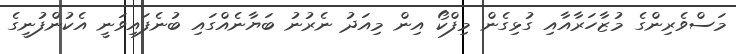
މަސްވެރިންގެ މުޒާހަރާއާއި ގުޅިގެން މިފްކޯ އިން މިއަދު ނެރުނު ބަޔާނެއްގައި ބުނެފައިވަނީ އެކުންފުނީގެ